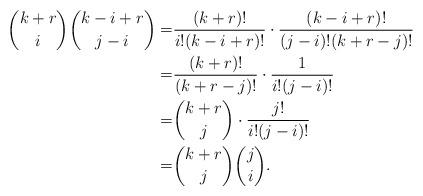
LaTeX: \begin{align*}\dbinom{k+r}{i}\dbinom{k-i+r}{j-i}=&\dfrac{(k+r)!}{i!(k-i+r)!}\cdot\dfrac{(k-i+r)!}{(j-i)!(k+r-j)!}\\=&\dfrac{(k+r)!}{(k+r-j)!}\cdot\dfrac{1}{i!(j-i)!}\\=&\dbinom{k+r}{j}\cdot\dfrac{j!}{i!(j-i)!}\\=&\dbinom{k+r}{j}\dbinom{j}{i}.\end{align*}